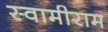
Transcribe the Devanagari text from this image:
स्वामीराम